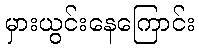
မှားယွင်းနေကြောင်း